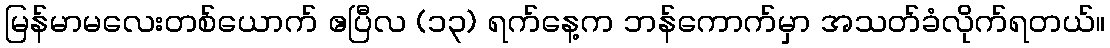
မြန်မာမလေးတစ်ယောက် ဧပြီလ (၁၃) ရက်နေ့က ဘန်ကောက်မှာ အသတ်ခံလိုက်ရတယ်။